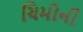
ચિમોની